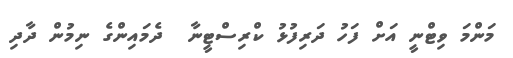
މަންމަ ވިޓްނީ އަށް ފަހު ދަރިފުޅު ކްރިސްޓީނާ  ދެމައިންގެ ނިމުން ދާދި